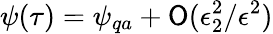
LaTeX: \psi(\tau)=\psi_{qa}+\mathsf{O}(\epsilon_{2}^{2}/\epsilon^{2})